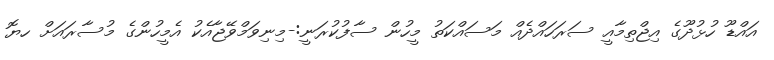
އައްޑޫ ހުޅުދޫގެ އިޖްތިމާއީ ސަރަހައްދެއް މަސައްކަތު މީހުން ސާފުކުރަނީ:-މިނިވަމްވޭޖާއެކު އެމީހުންގެ މުސާރައަށް ހޔޮ